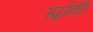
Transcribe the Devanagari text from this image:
सद्धर्मकीर्ति